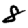
Digit: 8